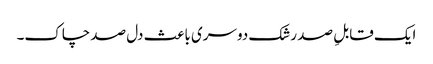
ایک قابلِ صد رشک دوسری باعث دل صد چاک۔